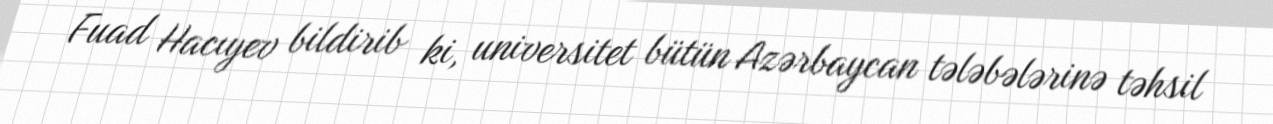
Fuad Hacıyev bildirib ki, universitet bütün Azərbaycan tələbələrinə təhsil